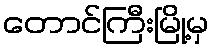
တောင်ကြီးမြို့မှ